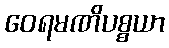
ဝေရမဏိပစ္စယာ